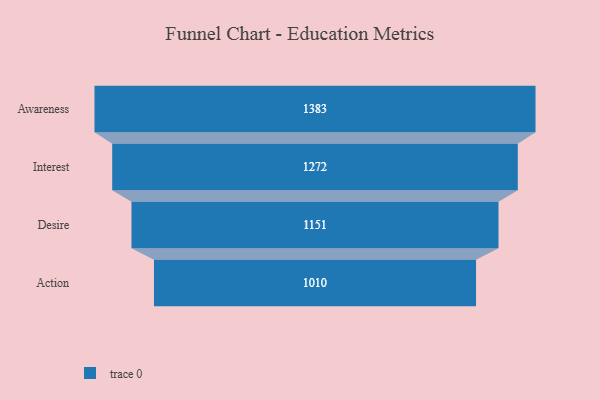
{"axis": {"x": "Stage", "y": "Value"}, "legend": [""], "data": [{"x": "Awareness", "y": 1383.0, "type": ""}, {"x": "Interest", "y": 1272.0, "type": ""}, {"x": "Desire", "y": 1151.0, "type": ""}, {"x": "Action", "y": 1010.0, "type": ""}]}